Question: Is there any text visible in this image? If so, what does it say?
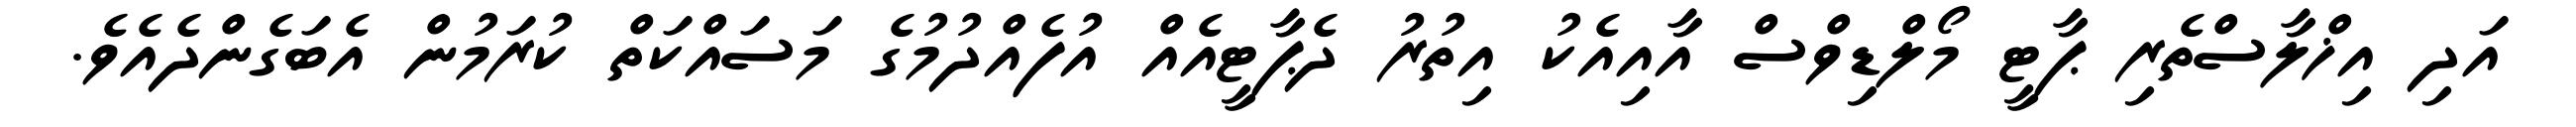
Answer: އަދި އިޚްލާސްތެރި ޕާޓީ މޯލްޑިވްސް އާއިއެކު އިތުރު ދެޕާޓީއެއް އުފެއްދުމުގެ މަސައްކަތް ކުރަމުން އެބަގެންދެއެވެ.